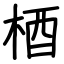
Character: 梄